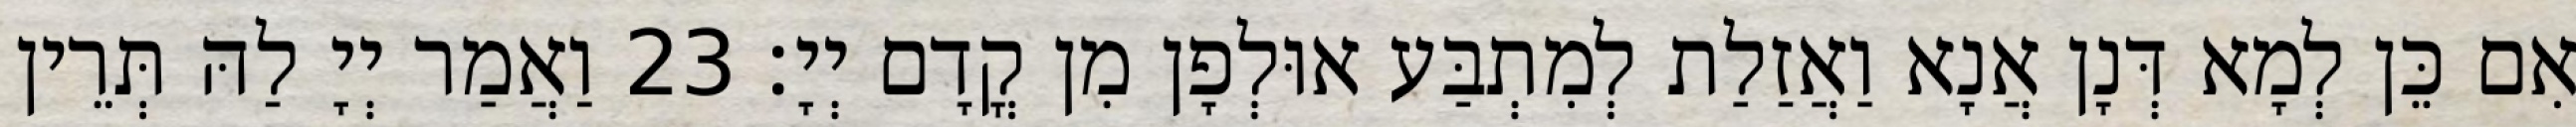
אִם כֵּן לְמָא דְּנָן אֲנָא וַאֲזַלַת לְמִתְבַּע אוּלְפָן מִן קֳדָם יְיָ׃ 23 וַאֲמַר יְיָ לַהּ תְּרֵין